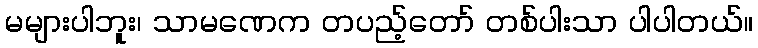
မများပါဘူး၊ သာမဏေက တပည့်တော် တစ်ပါးသာ ပါပါတယ်။